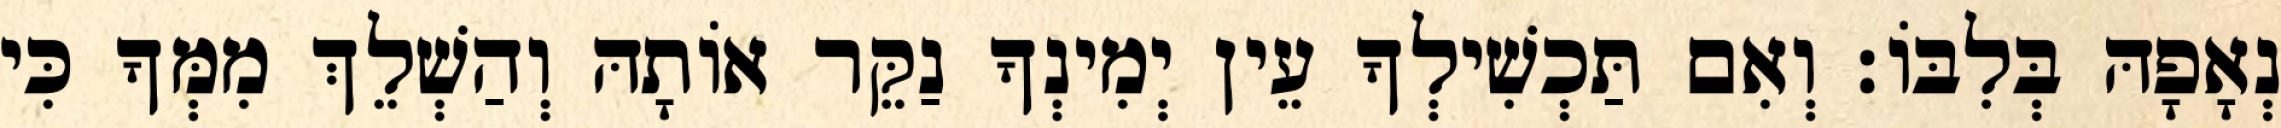
נְאָפָהּ בְּלִבּוֹ׃ וְאִם תַּכְשִׁילְךָ עֵין יְמִינְךָ נַקֵּר אוֹתָהּ וְהַשְׁלֵךְ מִמְּךָ כִּי